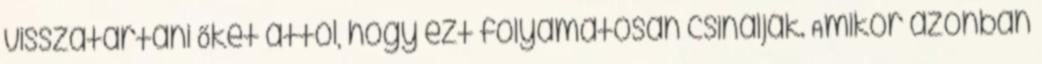
visszatartani Őket attól, hogy ezt folyamatosan csinálják. Amikor azonban